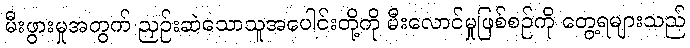
မီးဖွားမှုအတွက် ညှဉ်းဆဲသောသူအပေါင်းတို့ကို မီးလောင်မှုဖြစ်စဉ်ကို တွေ့ရများသည်